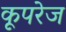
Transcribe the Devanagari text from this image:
कूपरेज